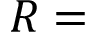
R =